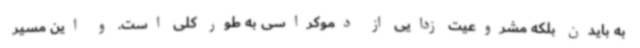
به بایدن بلکه مشروعیت زدایی از دموکراسی به طور کلی است. و این مسیر